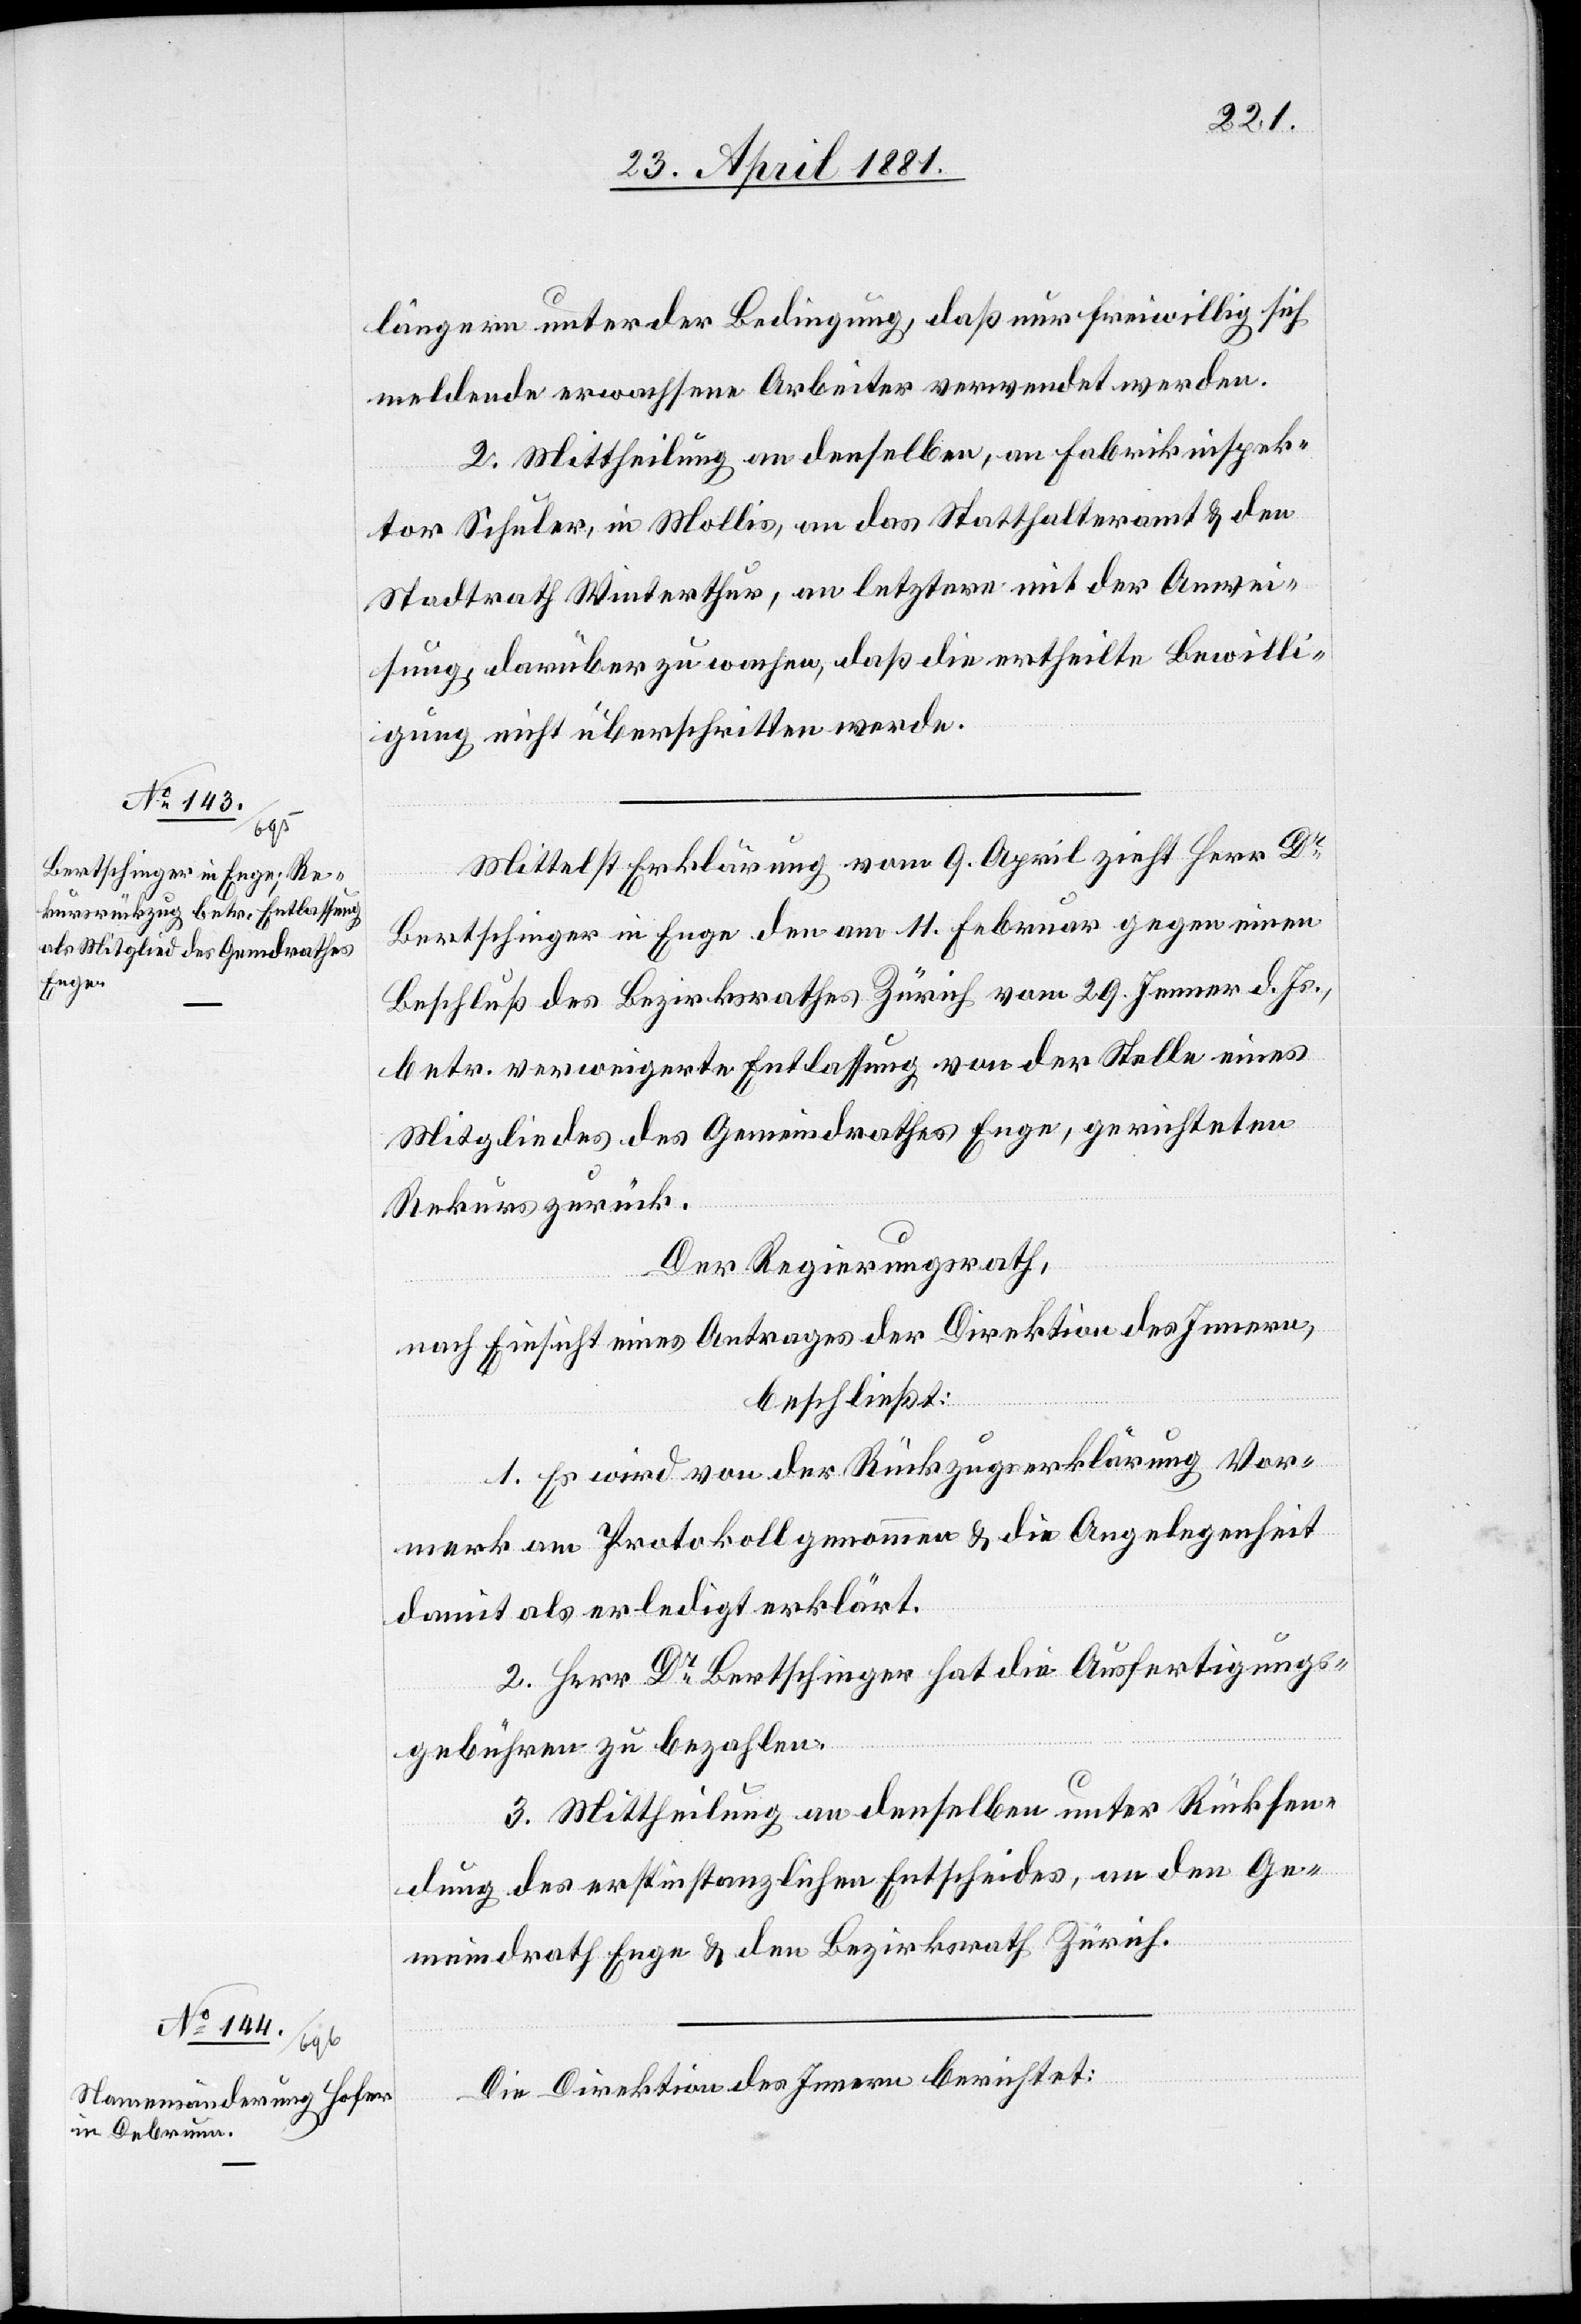
Anwei¬

längern unter der Bedingung, daß nur freiwillig sich
meldende erwachsene Arbeiter verwendet werden.
2. Mittheilung an denselben, an Fabrikinspek¬
tor Schuler, in Mollis, an das Statthalteramt Win¬
sung, darüber zu wachen, daß die ertheilte Bewilli¬
gung nicht überschritten werde.
Mittelst Erklärung vom 9. April zieht Herr Dr
Bertschinger in Enge den am 11. Februar gegen einen
Beschluß des Bezirksrathes Zürich vom 29. Jenner d. Js.,
betr. verweigerte Entlassung von der Stelle eines
Mitgliedes des Gemeindrathes Enge, gerichteten
Rekurs zurück.
Der Regierungsrath,
nach Einsicht eins Antrages der Direktion des Innern,
beschließt:
1. Es wird von der Rückzugserklärung Vor¬
merk am Protokoll genommen & die Angelegenheit
damit als erledigt erklärt.
2. Herr Dr Bertschinger hat die Ausfertigungs¬
gebühren zu bezahlen.
3. Mittheilung an denselben unter Rücksen¬
dung des erstinstanzlichen Entscheides, an den Ge¬
meindrath Enge & den Bezirksrath Zürich.
Die Direktion des Innern berichtet: